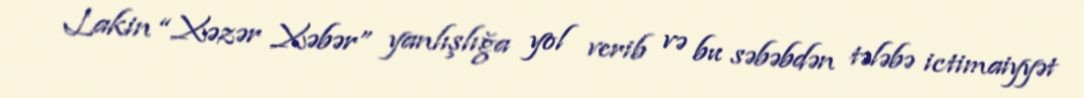
Lakin “Xəzər Xəbər” yanlışlığa yol verib və bu səbəbdən tələbə ictimaiyyət